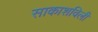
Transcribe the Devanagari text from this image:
साकाशविली